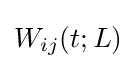
W_{ij}(t;L)